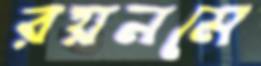
রয়নমে